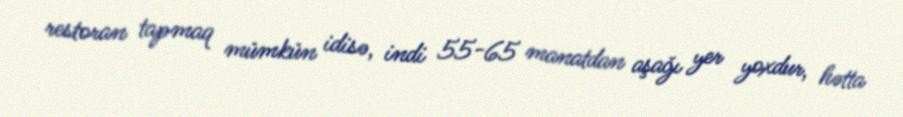
restoran tapmaq mümkün idisə, indi 55-65 manatdan aşağı yer yoxdur, hətta